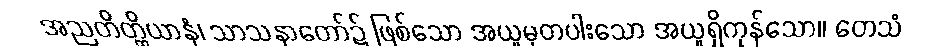
အညတိတ္ထိယာနံ၊ သာသနာတော်၌ ဖြစ်သော အယူမှတပါးသော အယူရှိကုန်သော။ တေသံ